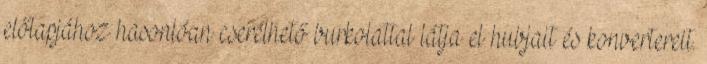
előlapjához hasonlóan cserélhető burkolattal látja el hubjait és konvertereit.